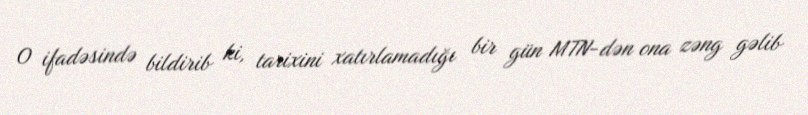
O ifadəsində bildirib ki, tarixini xatırlamadığı bir gün MTN-dən ona zəng gəlib